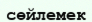
сөйлемек